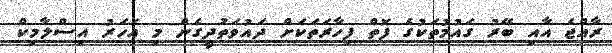
ރާއްޖެ އާއި ބޭރު ގައުމުތަކުގެ ފޮތް ފިހާރަތަކަށް ދައުވަތުދީގެން މި އަހަރު އިސްލާމިކް